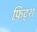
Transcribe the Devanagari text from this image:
फ़िट्श